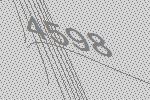
4598